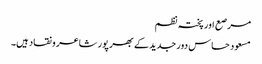
مرصع اور پختہ نظم
مسعود حساس دور جدید کے بھر پور شاعر و نقاد ہیں۔